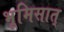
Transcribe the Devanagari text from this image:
भूमिसात्